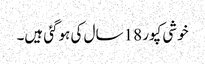
خوشی کپور 18 سال کی ہوگئی ہیں۔